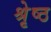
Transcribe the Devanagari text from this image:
श्रृेष्ठ